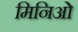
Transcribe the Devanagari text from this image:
मिनिओ